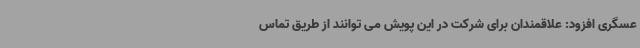
عسگری افزود: علاقمندان برای شرکت در این پویش می توانند از طریق تماس